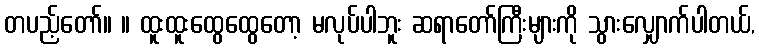
တပည့်တော်။ ။ ထူးထူးထွေထွေတော့ မလုပ်ပါဘူး ဆရာတော်ကြီးများကို သွားလျှောက်ပါတယ်,